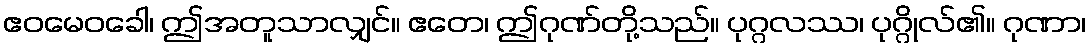
ဧဝမေဝခေါ၊ ဤအတူသာလျှင်။ ဧတေ၊ ဤဂုဏ်တို့သည်။ ပုဂ္ဂလဿ၊ ပုဂ္ဂိုလ်၏။ ဂုဏာ၊